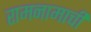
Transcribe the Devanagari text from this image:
रामनामाची